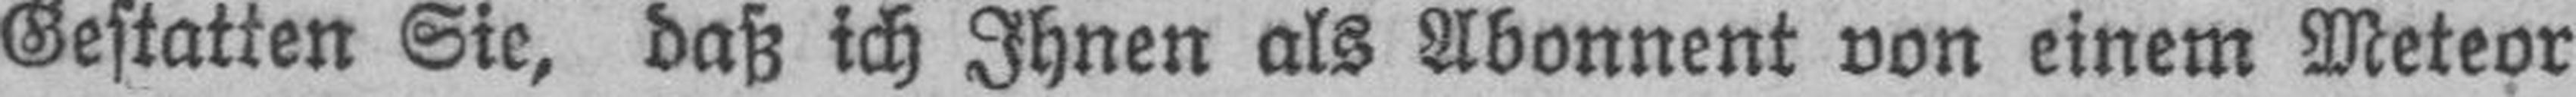
Gestatten Sie, daß ich Ihnen als Abonnent von einem Meteor